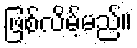
ဖြစ်လိမ့်မည်။